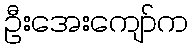
ဦးအေးကျော်က